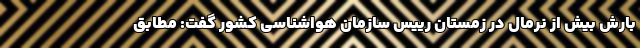
بارش‌ بیش از نرمال در زمستان رییس سازمان هواشناسی کشور گفت: مطابق